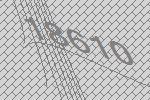
18610